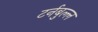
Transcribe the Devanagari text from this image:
टर्नबुल्ल